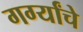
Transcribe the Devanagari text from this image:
गर्ग्यांचे